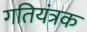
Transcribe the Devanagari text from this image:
गतियंत्रक